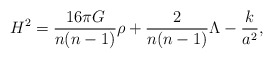
\begin{align*}H^2={{16\pi G}\over{n(n-1)}}\rho+{2\over{n(n-1)}}\Lambda-{k\over a^2},\end{align*}